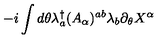
- i \int d \theta \lambda _ { a } ^ { \dag } ( A _ { \alpha } ) ^ { a b } \lambda _ { b } \partial _ { \theta } X ^ { \alpha }